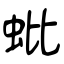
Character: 蚍